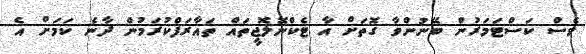
ވެސް ކަސްޓަމަރުން ބޭނުންވާ ގޮތަށް އާ ޓެކްނޮލޮޖީތައް ތައާރަފްކުރަމުން ދާނެ ކަމަށް އެ